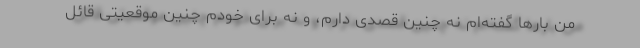
من بارها گفته‌ام نه چنین قصدی دارم، و نه برای خودم چنین موقعیتی قائل